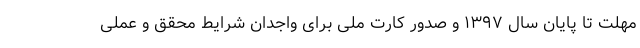
مهلت تا پایان سال ۱۳۹۷ و صدور کارت ملی برای واجدان شرایط محقق و عملی